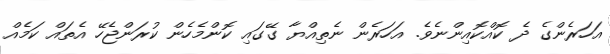
އަހަރެންގެ ދެ ކޮއްކޮއިންނެވެ. އަހަރެން ނެތިއްޔާ ގޭގައި ކޮންމެހެން ކުރަންޖެހޭ އެތައް ކަމެއް